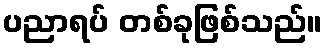
ပညာရပ် တစ်ခုဖြစ်သည်။